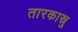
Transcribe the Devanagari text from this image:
तारकास्रु